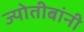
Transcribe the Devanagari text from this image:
ज्योतीबांनी